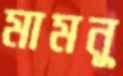
মামনু